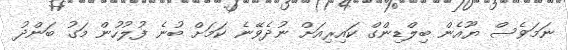
ނަމަވެސް ޔޫއެން ބިލްޑިންގް ކައިރިއަށް ނުދެވޭނެ ކަމަށް ބުނެ ފުލުހުން މަގު ބަންދު